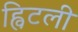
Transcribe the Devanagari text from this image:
ह्विटली